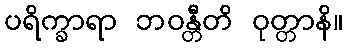
ပရိက္ခာရာ ဘဝန္တီတိ ဝုတ္တာနိ။